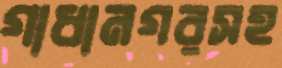
গাধানগরসহ